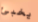
يخبئ